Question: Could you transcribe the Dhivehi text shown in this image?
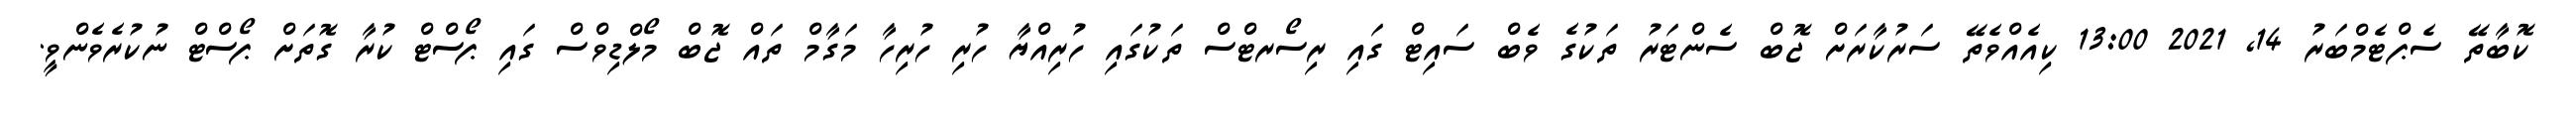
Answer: ކޮބާތޭ ސެޕްޓެމްބަރު 14, 2021 13:00 ކިއެއްވެތޭ ސަރުކާރަށް ޖޮބް ސެންޓަރު ތަކުގެ ވެބް ސައިޓް ގައި ރިސޯރޓްސް ތަކުގައި ހުރިއްޔާ ހުރި ހުރިހާ މަގާމް ތައް ޖޮބް މޯލްޑިވްސް ގައި ޕޯސްޓް ކުރާ ގޮތަށް ޕޯސްޓް ނުކުރެވެންވީ.